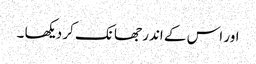
اور اس کے اندر جھانک کر دیکھا ۔